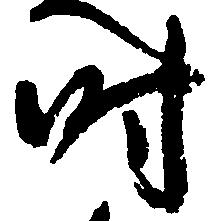
時